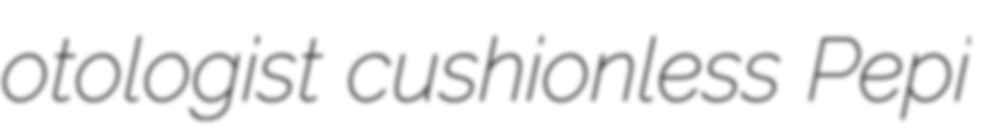
otologist cushionless Pepi